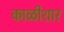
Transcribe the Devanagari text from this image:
काळीशार